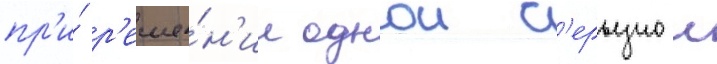
пр'и́ р'еше́н'ии однои с'ерьезнои